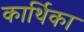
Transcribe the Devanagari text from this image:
कार्थिका